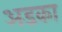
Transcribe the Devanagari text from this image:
अडका